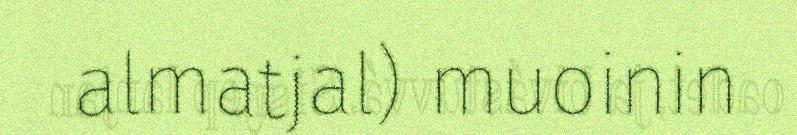
almatjal) muoinin